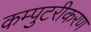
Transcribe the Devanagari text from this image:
कम्पुटरीकरण